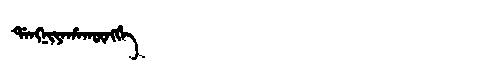
Manchu: ᡩᠠᠩᠨᡳᠶᠠᡥᠠᡴᡡᠩᡤᡝ
Romanization: DANGNIYAHAKŪNGGE